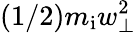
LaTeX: (1/2)m_{\mathrm{i}}w_{\perp}^{2}